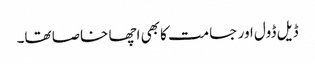
ڈیل ڈول اور جسامت کا بھی اچھا خاصا تھا۔